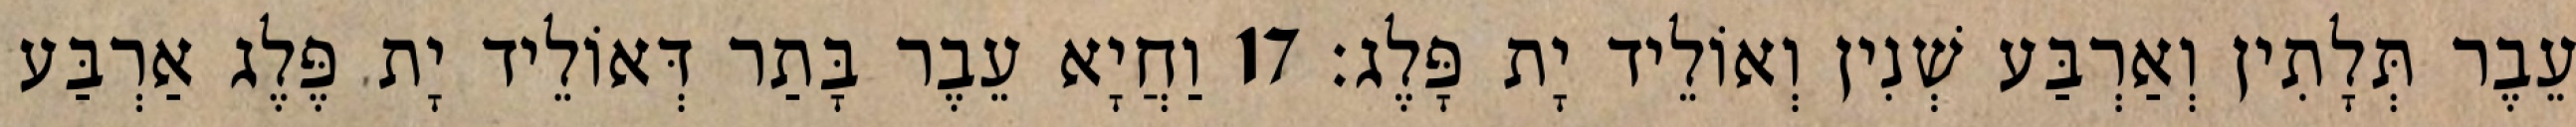
עֵבֶר תְּלָתִין וְאַרְבַּע שְׁנִין וְאוֹלֵיד יָת פָּלֶג׃ 17 וַחֲיָא עֵבֶר בָּתַר דְּאוֹלֵיד יָת פֶּלֶג אַרְבַּע